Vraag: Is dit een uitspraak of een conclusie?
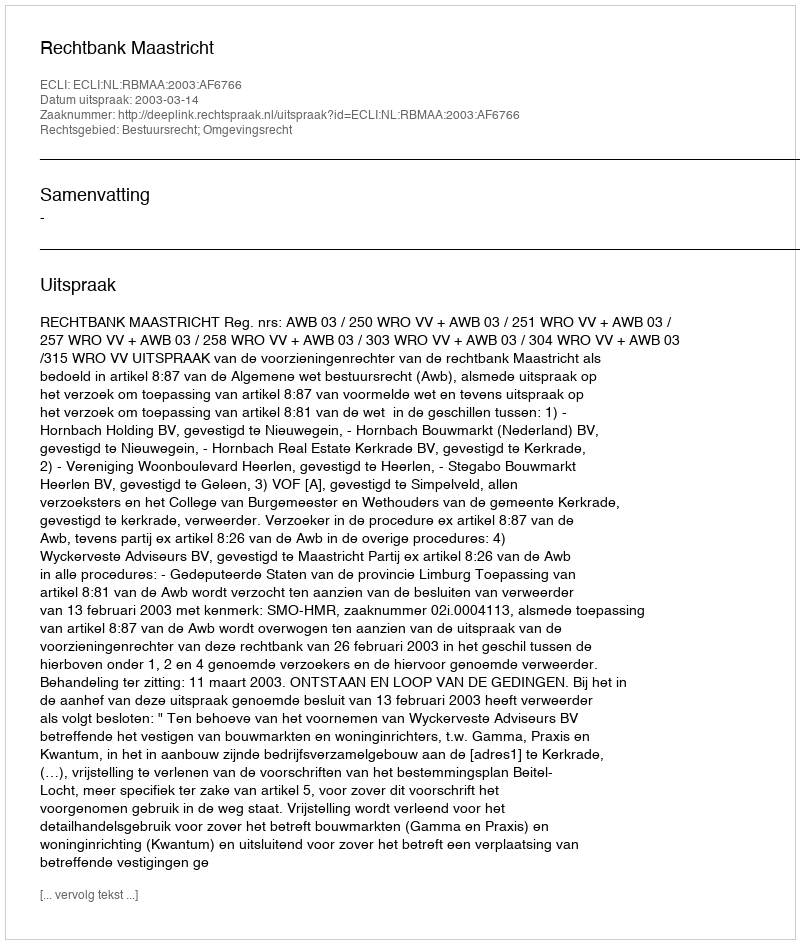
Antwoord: Uitspraak